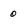
Character: 0